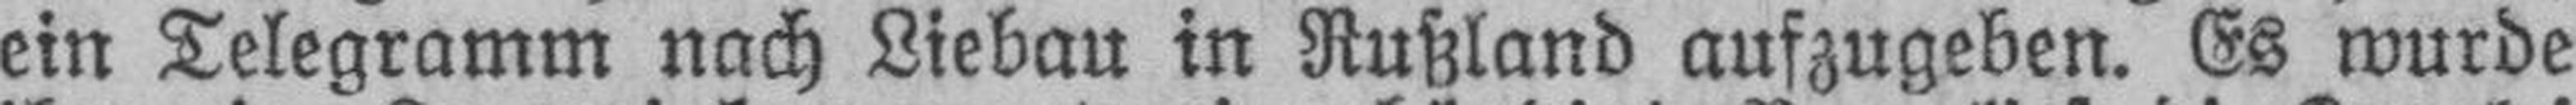
ein Telegramm nach Liebau in Rußland aufzugeben. Es wurde